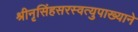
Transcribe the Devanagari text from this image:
श्रीनृसिंहसरस्वत्युपाख्याने